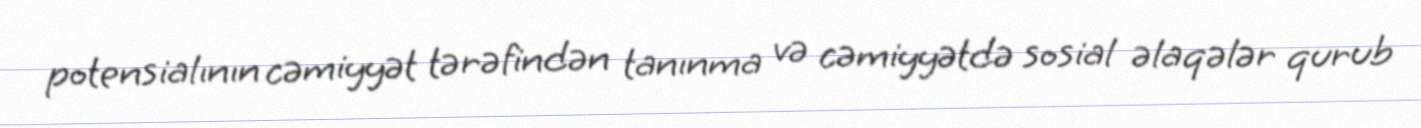
potensialının cəmiyyət tərəfindən tanınma və cəmiyyətdə sosial əlaqələr qurub